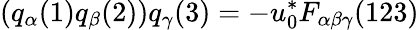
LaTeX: (q_{\alpha}(1)q_{\beta}(2))q_{\gamma}(3)=-u_{0}^{*}F_{\alpha\beta\gamma}(123)